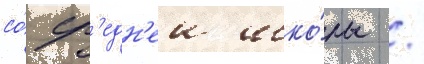
со́ ср'едн'еи шко́лы /